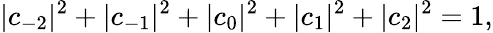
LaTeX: |c_{-2}|^{2}+|c_{-1}|^{2}+|c_{0}|^{2}+|c_{1}|^{2}+|c_{2}|^{2}=1,